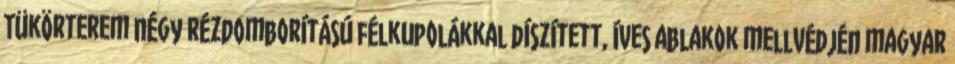
Tükörterem négy rézdomborítású félkupolákkal díszített, íves ablakok mellvédjén magyar